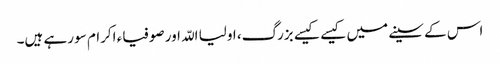
اس کے سینے میں کیسے کیسے بزرگ، اولیا اللّہ اور صوفیاء اکرام سو رہے ہیں۔